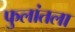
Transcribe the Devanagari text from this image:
फुलांतला